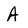
Character: a